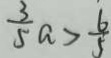
\frac { 3 } { 5 } a > \frac { 6 } { 5 }